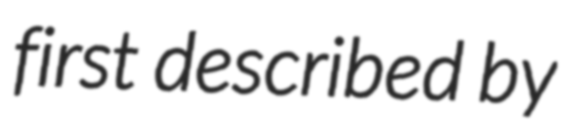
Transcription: first described by